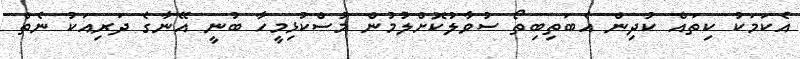
އެކަމަކު ކިތައް ކުދިން އެބަތިބިތޯ ސުވާލުކޮށްލުމުން މުސްކުޅިމީހާ ބުނީ އޭނާގެ ދަރިއަކު ނެތް